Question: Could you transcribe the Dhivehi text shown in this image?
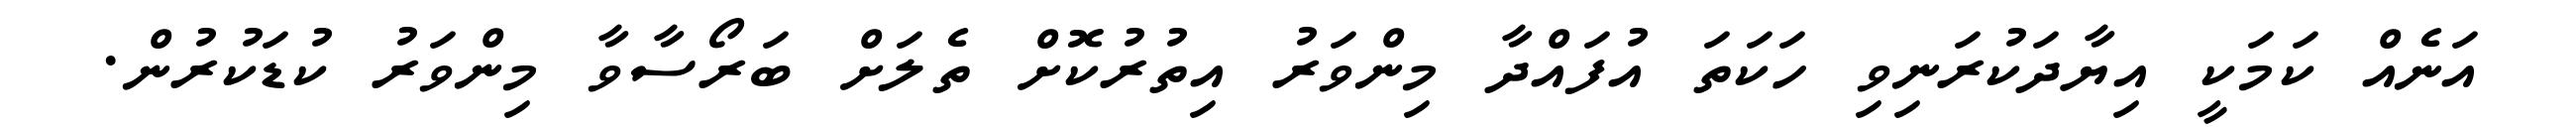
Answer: އަނެއް ކަމަކީ އިޔާދަކުރަނިވި ހަކަތަ އުފައްދާ މިންވަރު އިތުރުކޮށް ތެލަށް ބަރޯސާވާ މިންވަރު ކުޑަކުރުން.